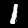
Digit: 1